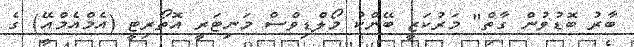
ބާރު ބޮޑުވުން ގާތް" މަރުކަޒީ ބޭންކު މޯލްޑިވްސް މަނިޓަރީ އޮތޯރިޓީ (އެމްއެމްއޭ) ގެ